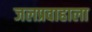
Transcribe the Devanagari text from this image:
जलप्रवाहाला